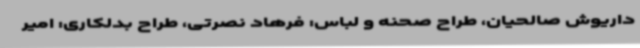
داریوش صالحیان، طراح صحنه و لباس: فرهاد نصرتی، طراح بدلکاری: امیر